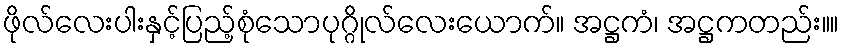
ဖိုလ်လေးပါးနှင့်ပြည့်စုံသောပုဂ္ဂိုလ်လေးယောက်။ အဋ္ဌကံ၊ အဋ္ဌကတည်း။။